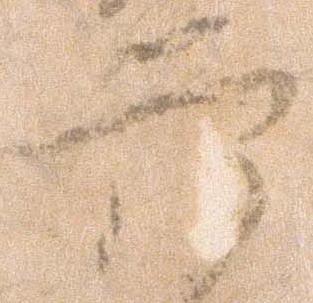
六